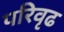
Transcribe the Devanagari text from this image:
परिवृढ